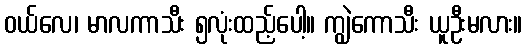
ဝယ်လေ၊ မာလကာသီး ၅လုံးထည့်ပေါ့။ ကျွဲကောသီး ယူဦးမလား။